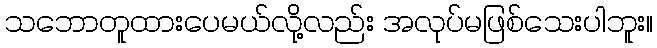
သဘောတူထားပေမယ်လို့လည်း အလုပ်မဖြစ်သေးပါဘူး။